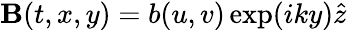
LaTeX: \begin{array}{r}{{\mathbf B}(t,x,y)=b(u,v)\exp(iky)\hat{z}\, }\end{array}